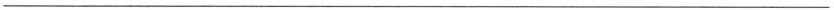
——————